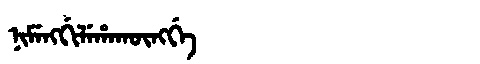
Manchu: ᠨᡳᠮᡝᠩᡤᡳᠯᡝᡥᠠᡴᡡᠩᡤᡝ
Romanization: NIMENGGILEHAKŪNGGE